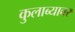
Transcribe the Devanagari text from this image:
कुलाब्यावर